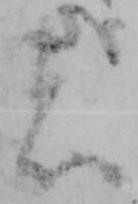
者